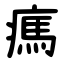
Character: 㾺